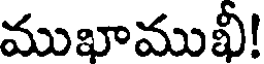
ముఖాముఖీ!